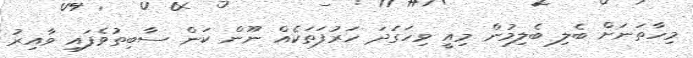
މިހާތަނަށް ބެލި ބެލިމުން މިއީ ވިހަގަދަ ހަރުފަތަކެއް ނޫން ކަން ސާބިތުވެފައި ވާއިރު